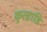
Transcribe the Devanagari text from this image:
कुल्हाडि